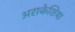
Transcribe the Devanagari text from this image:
अराकेशिया